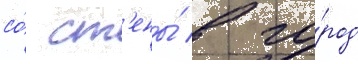
со́ ст'ены́ в го́род